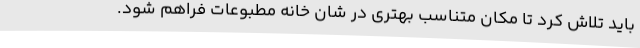
باید تلاش کرد تا مکان متناسب بهتری در شان خانه مطبوعات فراهم شود.